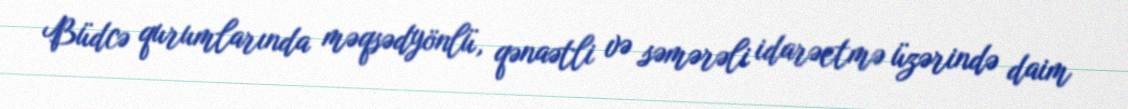
Büdcə qurumlarında məqsədyönlü, qənaətli və səmərəli idarəetmə üzərində daim